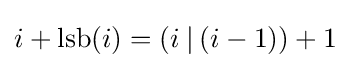
i+\operatorname {lsb} (i)=(i\mathbin {|} (i-1))+1